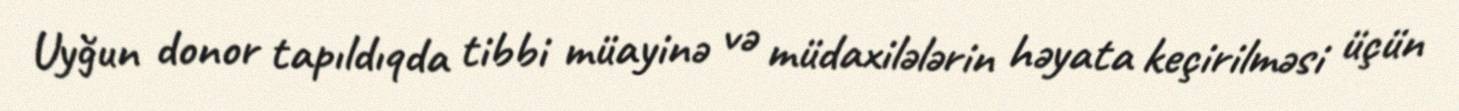
Uyğun donor tapıldıqda tibbi müayinə və müdaxilələrin həyata keçirilməsi üçün